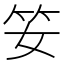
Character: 𥫭